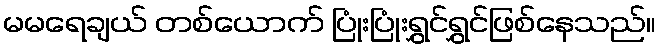
မမရေချယ် တစ်ယောက် ပြုံးပြုံးရွှင်ရွှင်ဖြစ်နေသည်။